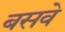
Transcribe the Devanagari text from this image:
बसवे